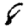
Digit: 8